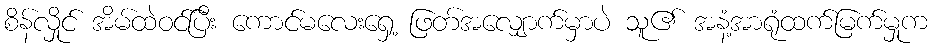
စိန်လှိုင် အိမ်ထဲဝင်ပြီး ကောင်မလေးရှေ့ ဖြတ်အလျှောက်မှာပဲ သူ၏ အနံ့အာရုံထက်မြက်မှုက